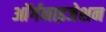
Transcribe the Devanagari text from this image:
आॅर्गनाइजेशन